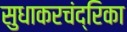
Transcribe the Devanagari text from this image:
सुधाकरचंद्रिका